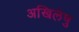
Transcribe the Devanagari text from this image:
अखिलेषु